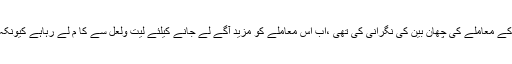
ایسا لگتاہے کہ پولیس کے ہی اسسٹنٹ کمشنر اینڈی ہیمین کہ جس نے فون ہیکنگ کے معاملے کی چھان بین کی نگرانی کی تھی ،اب اس معاملے کو مزید آگے لے جانے کیلئے لیت ولعل سے کا م لے رہاہے کیونکہNoWوالوں کے پاس اس کی ذاتی زندگی کے حوالے سے کچھ ثبوت موجود ہیں ۔